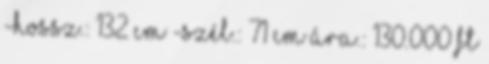
-hossz.: 132 cm -szél.: 71 cm Ára.: 130.000 Ft